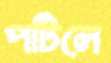
পটিলে